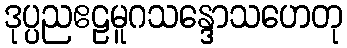
ဒုပ္ပညဧဠမူဂသန္ဒောသဟေတု